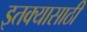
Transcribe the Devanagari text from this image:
इतक्यासाठी